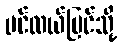
ပင်လယ်ပြင်သို့